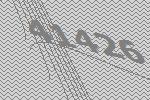
41426